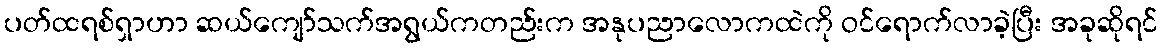
ပတ်ထရစ်ရှာဟာ ဆယ်ကျော်သက်အရွယ်ကတည်းက အနုပညာလောကထဲကို ဝင်ရောက်လာခဲ့ပြီး အခုဆိုရင်